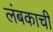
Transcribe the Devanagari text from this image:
लंबकाची